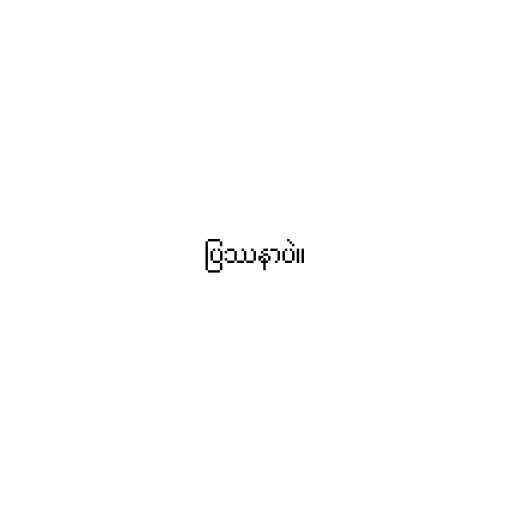
ပြဿနာပဲ။